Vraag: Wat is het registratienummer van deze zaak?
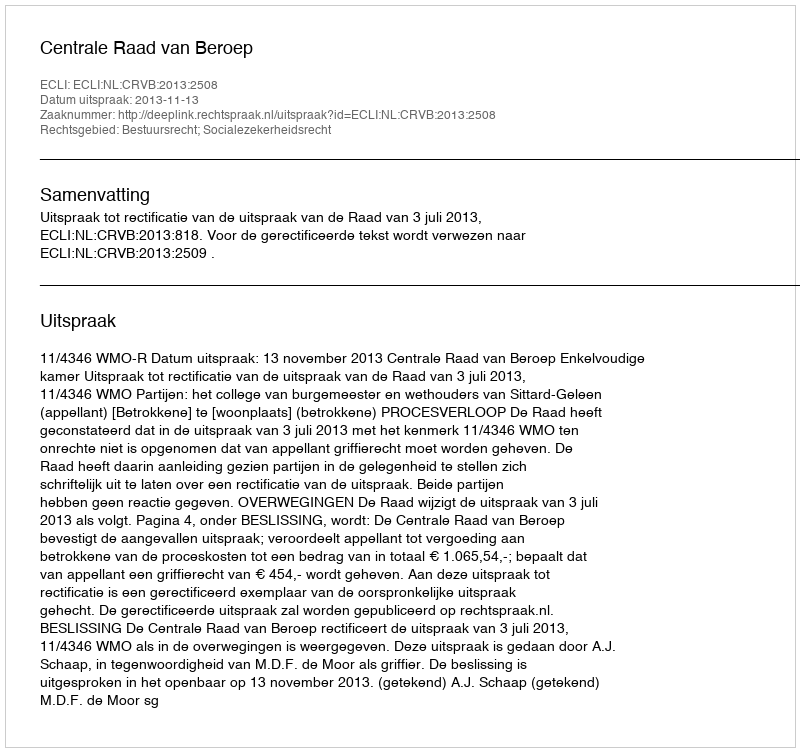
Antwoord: http://deeplink.rechtspraak.nl/uitspraak?id=ECLI:NL:CRVB:2013:2508